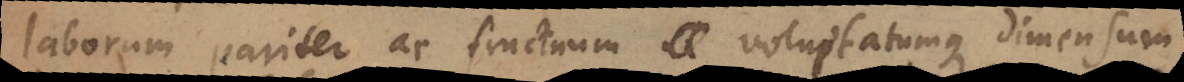
laborum pariter ac fructuum voluptatumque dimensum